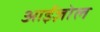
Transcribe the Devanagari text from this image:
आईज़ोल